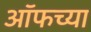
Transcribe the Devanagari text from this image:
ऑफच्या